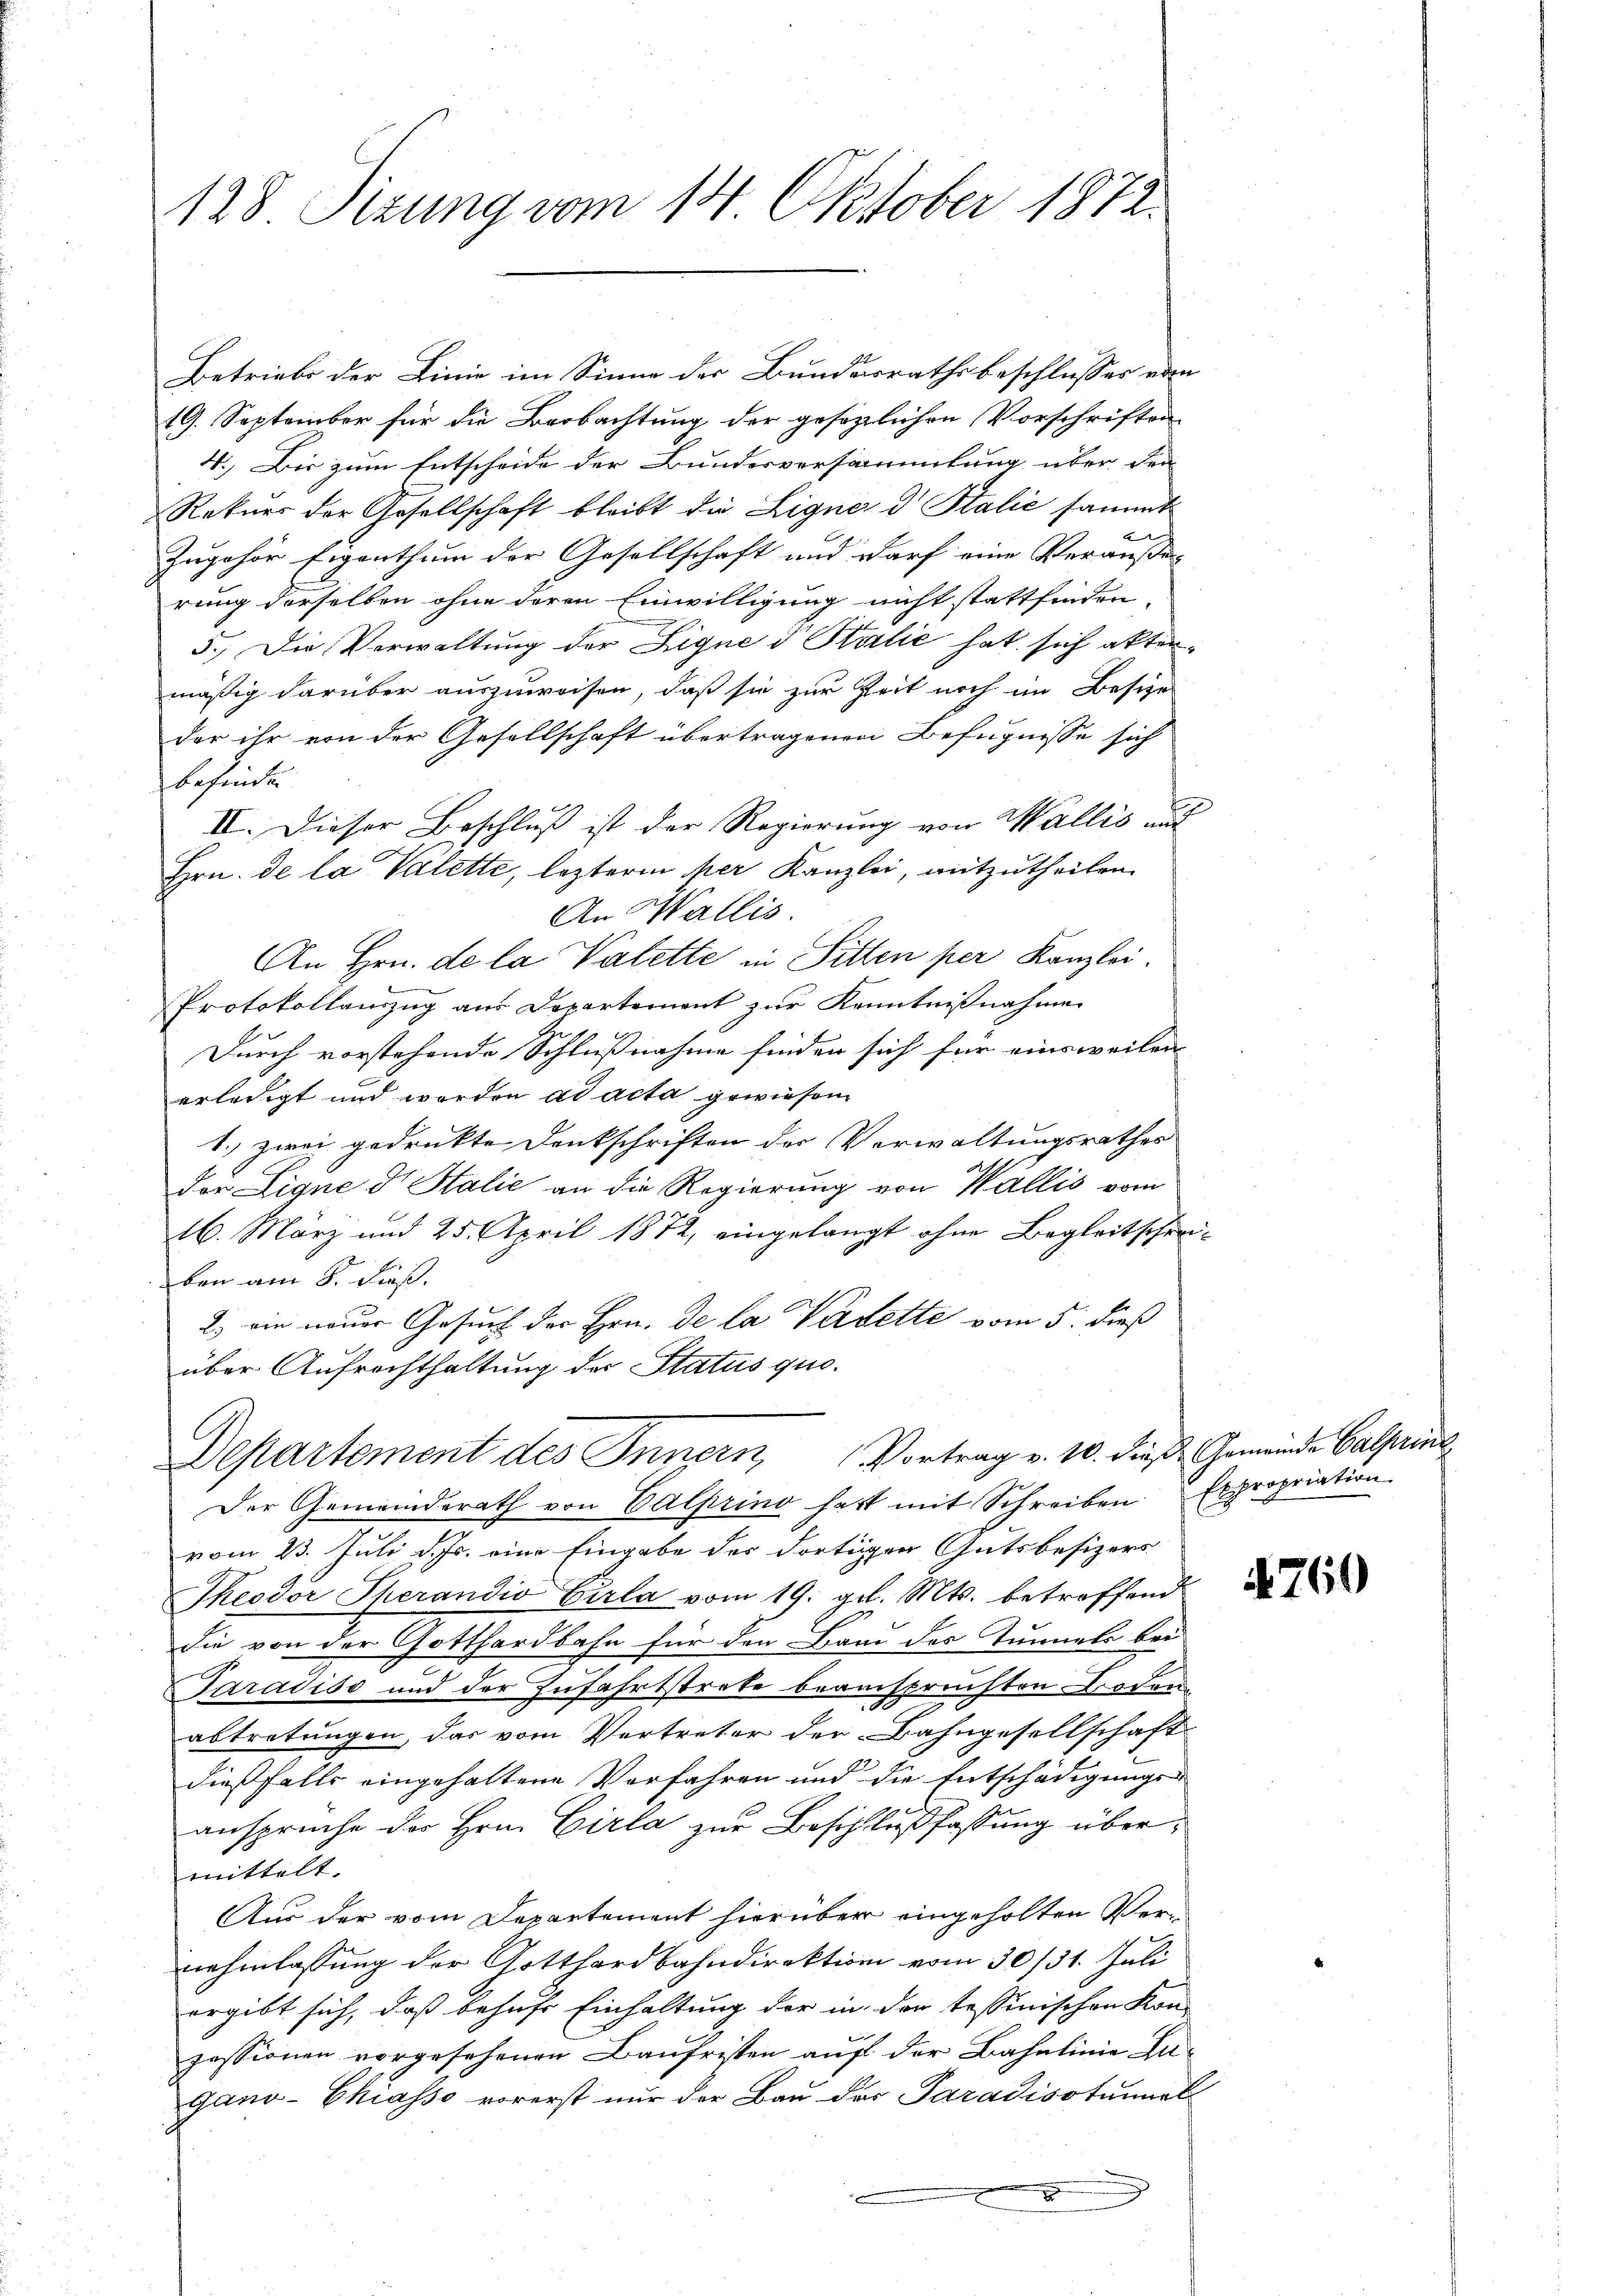
128. Sizung vom 14. Oktober 1872.

Betriebs der Linie im Sinne der Bundesrathsbeschlusses ein
19. September für die Beobachtung der gesezlichen Vorschriften
4.) Bis zum Entscheide der Bundesversammlung über den
Rekŭrs der Gesellschaft bleibt die Ligne d Italie sammt
Zugehör Eigenthum der Gesellschaft und darf eine Veräuße-
rung derselben ohne deren Einwilligung nicht stattfinden
5.) Die Verwaltung der Signe d Stilić hat sich aktermäßig darüber auszuweisen, daß sie zur Zeit noch im Besize
der ihr von der Gesellschaft übertragenen Befugnisse sich
befinden
II. Dieser Beschluß ist der Regierung von Wallis und
Hrn. De la Valette, leztere per Kanzlei, mitzutheilen.
An Wallis.
An Hrn. de la Valette in Pitten per Kanzlei.
Protokollanzug aus Departement zur Kenntnißnahmen
Durch vorstehende Schlußnahme finden sich für einsweilen |
erledigt und worden ad acta gewiesen
1.) zwei gedruckte Dankschriften der Verwaltungsrathes
Der Ligne dr Stalić an die Regierung von Wallis vom
16. März und 25. April 1872, eingelangt ohne Begleitschreiben am 8. dieß.
2.) ein neuer Gesuch der Hrn. De la Vasette vom 5. dieß
über Aufrechthaltung der Status quo¬

Departement des Innern, Vortrag v. 10. dieß Gemeinde Catharins
Der Gemeinderath von Calprino hatt mit Schreiben Expropriation

vom 23. Juli d. Js. eine Eingabe des dortigen Gutsbesizers
Theodor Therandio Carla vom 19. gl. Mts. betreffend
die von der Gotthardbahn für den Band der Tunneli bei
Paradiso und der Zufahrtstrete beanstrechten Boden
.
abtretungen, das vom Vertreter der Bahngesellschaft
dießfalls eingehaltene Verfahren und die Entschädigungs
ansprüche der Hrn. Cirla zur Beschlußfaßung übermittelt.
Aus der vom Departement hierüber eingeholten Vernehmlassung der Gotthardbahndirektion vom 30/31. Juli
ergibt sich, daß behufe Einhaltung der in der tessinischen Kon-
zessionen vorgesehenen Baufristen auf der Bahnlinie Zugano-Chiasso vorerst nur der Bau das Paradisotunal-
.
.

760